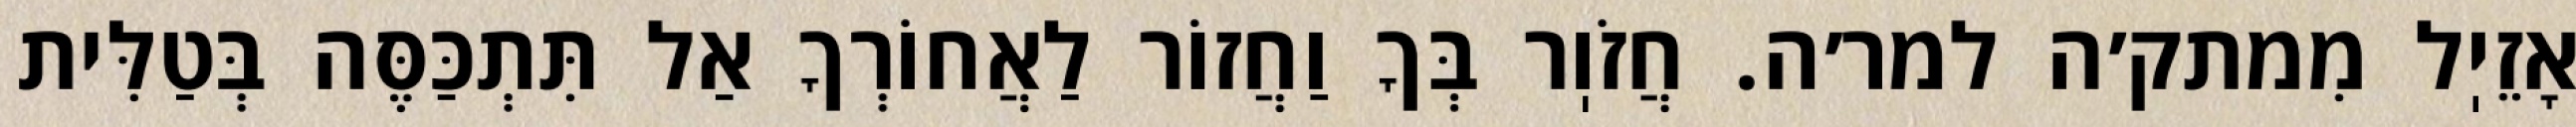
אָזֵיֽל מִמתק׳ה למר׳ה. חֲזֹוֽר בְּךָ וַחֲזוֹר לַאֲחוֹרְךָ אַל תִּתְכַּסֶּה בְּטַלִּית